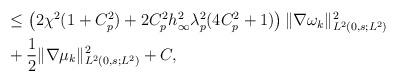
LaTeX: \begin{align*}\begin{aligned}& \leq \left ( 2 \chi^{2} (1 + C_{p}^{2}) + 2 C_{p}^{2} h_{\infty}^{2} \lambda_{p}^{2} (4C_{p}^{2} + 1) \right ) \|\nabla \omega_{k}\|_{L^{2}(0,s;L^{2})}^{2} \\& + \frac{1}{2} \|\nabla \mu_{k}\|_{L^{2}(0,s;L^{2})}^{2} + C,\end{aligned}\end{align*}